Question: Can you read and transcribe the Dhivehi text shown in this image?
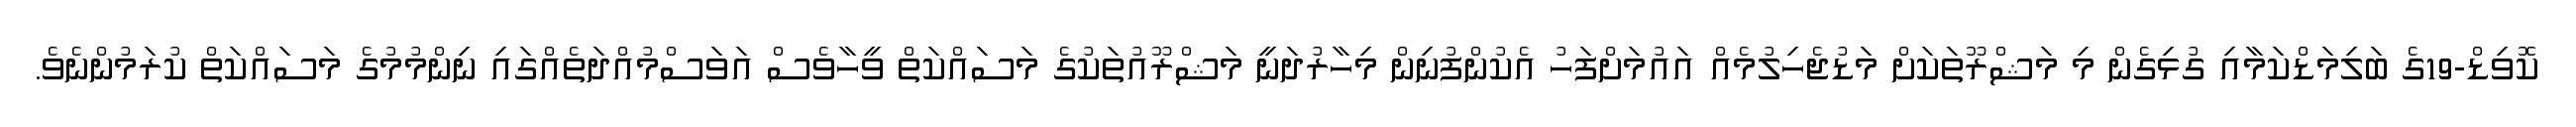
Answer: ކޮވިޑް-19ގެ ބަލިމަޑްކަމާއި ގުޅިގެން މި މަޝްރޫތަކަށް މަޑުޖެހިލުމެއް އައުމަށްފަހު އެކުންފުނިން މިހާރުދަނީ މަޝްރޫއުތަކުގެ މަސައްކަތް ވީހާވެސް އަވަސްމުއްދަތެއްގައި ނިންމުމުގެ މަސައްކަތް ކުރަމުންނެވެ.